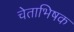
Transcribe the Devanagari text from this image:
चेताभिषक